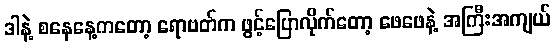
ဒါနဲ့ စနေနေ့ကတော့ ရောဗတ်က ဖွင့်ပြောလိုက်တော့ ဖေဖေနဲ့ အကြီးအကျယ်